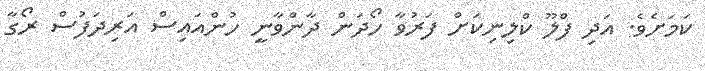
ކަަމަށެވެ. އަދި ފްލޫ ކްލިނިކަށް ފަރުވާ ހޯދަން ދާންވާނީ ހުންއައިސް އަރިދަފުސް ރޯގާ